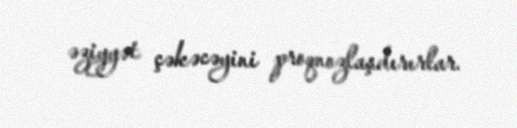
əziyyət çəkəcəyini proqnozlaşdırırlar.